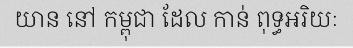
យាន នៅ កម្ពុជា ដែល កាន់ ពុទ្ធអរិយៈ